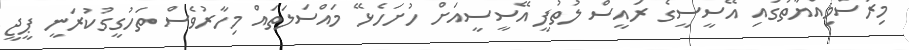
މިރަސްމިއްޔާތުގައި އޭސީސީގެ ރައީސް ލުތުފީ އޭސީސީއަށް ހުށަހެޅޭ މައްސަލަތައް މިހާރުވެސް ތަހުގީގުކުރަނީ ޕީޖީ